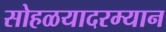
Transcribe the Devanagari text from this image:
सोहळयादरम्यान